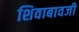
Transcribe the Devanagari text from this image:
शिवाबावजी